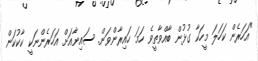
"އަހަރެން ކަހަލަ މީހަކާ ގުޅުން ބާއްވާތީވެ ހަމަ ހައިރާންވަން. ސައިނާއަށް އަހަރެންނަކީ ކާކުކަން